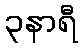
၃နာရီ